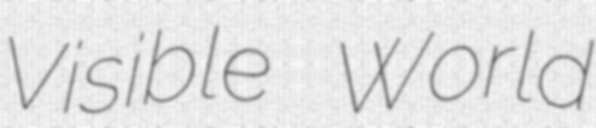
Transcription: Visible World